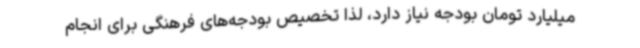
میلیارد تومان بودجه نیاز دارد، لذا تخصیص بودجه‌های فرهنگی برای انجام